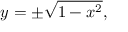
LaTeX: y = \pm { \sqrt { 1 - x ^ { 2 } } } ,